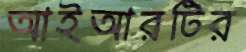
আইআরটির